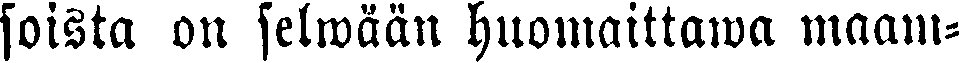
soista on selwään huomaittawa maam-